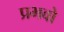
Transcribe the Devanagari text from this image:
प्रभवो